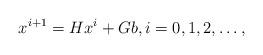
LaTeX: \begin{align*}x^{i+1}=Hx^{i}+Gb,i=0,1,2,\ldots,\end{align*}